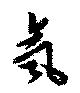
氣